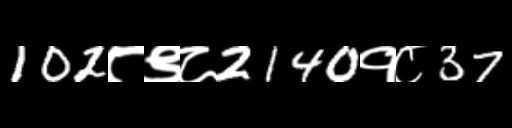
Text: 102८९८2140१८37